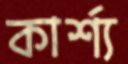
কার্শ্য